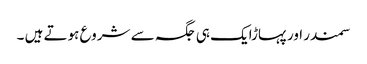
سمندر اور پہاڑایک ہی جگہ سے شروع ہوتے ہیں ۔